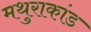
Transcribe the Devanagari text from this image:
मथुराकांड